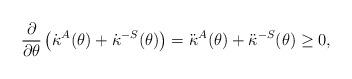
LaTeX: \begin{align*}\frac{\partial}{\partial\theta} \left({\dot\kappa}^{A}(\theta) + {\dot\kappa}^{-S}(\theta) \right) = {\ddot\kappa}^{A}(\theta) + {\ddot\kappa}^{-S}(\theta) \ge 0,\end{align*}